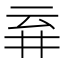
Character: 𬼾